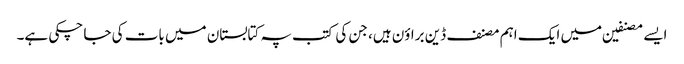
ایسے مصنفین میں ایک اہم مصنف ڈین براؤن ہیں، جن کی کتب پہ کتابستان میں بات کی جا چکی ہے۔